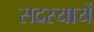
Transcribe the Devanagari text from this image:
सदस्यायें